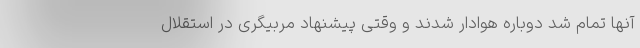
آنها تمام شد دوباره هوادار شدند و وقتی پیشنهاد مربیگری در استقلال